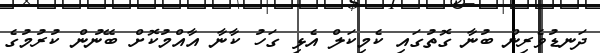
ދަނޑުވެރިން ބުނާ ގޮތުގައި ކެމިކަލް އެޅި ގަހު ކާނާ އާއްމުކޮށް ބޭނުން ކުރުމުގެ